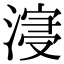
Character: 𣹦